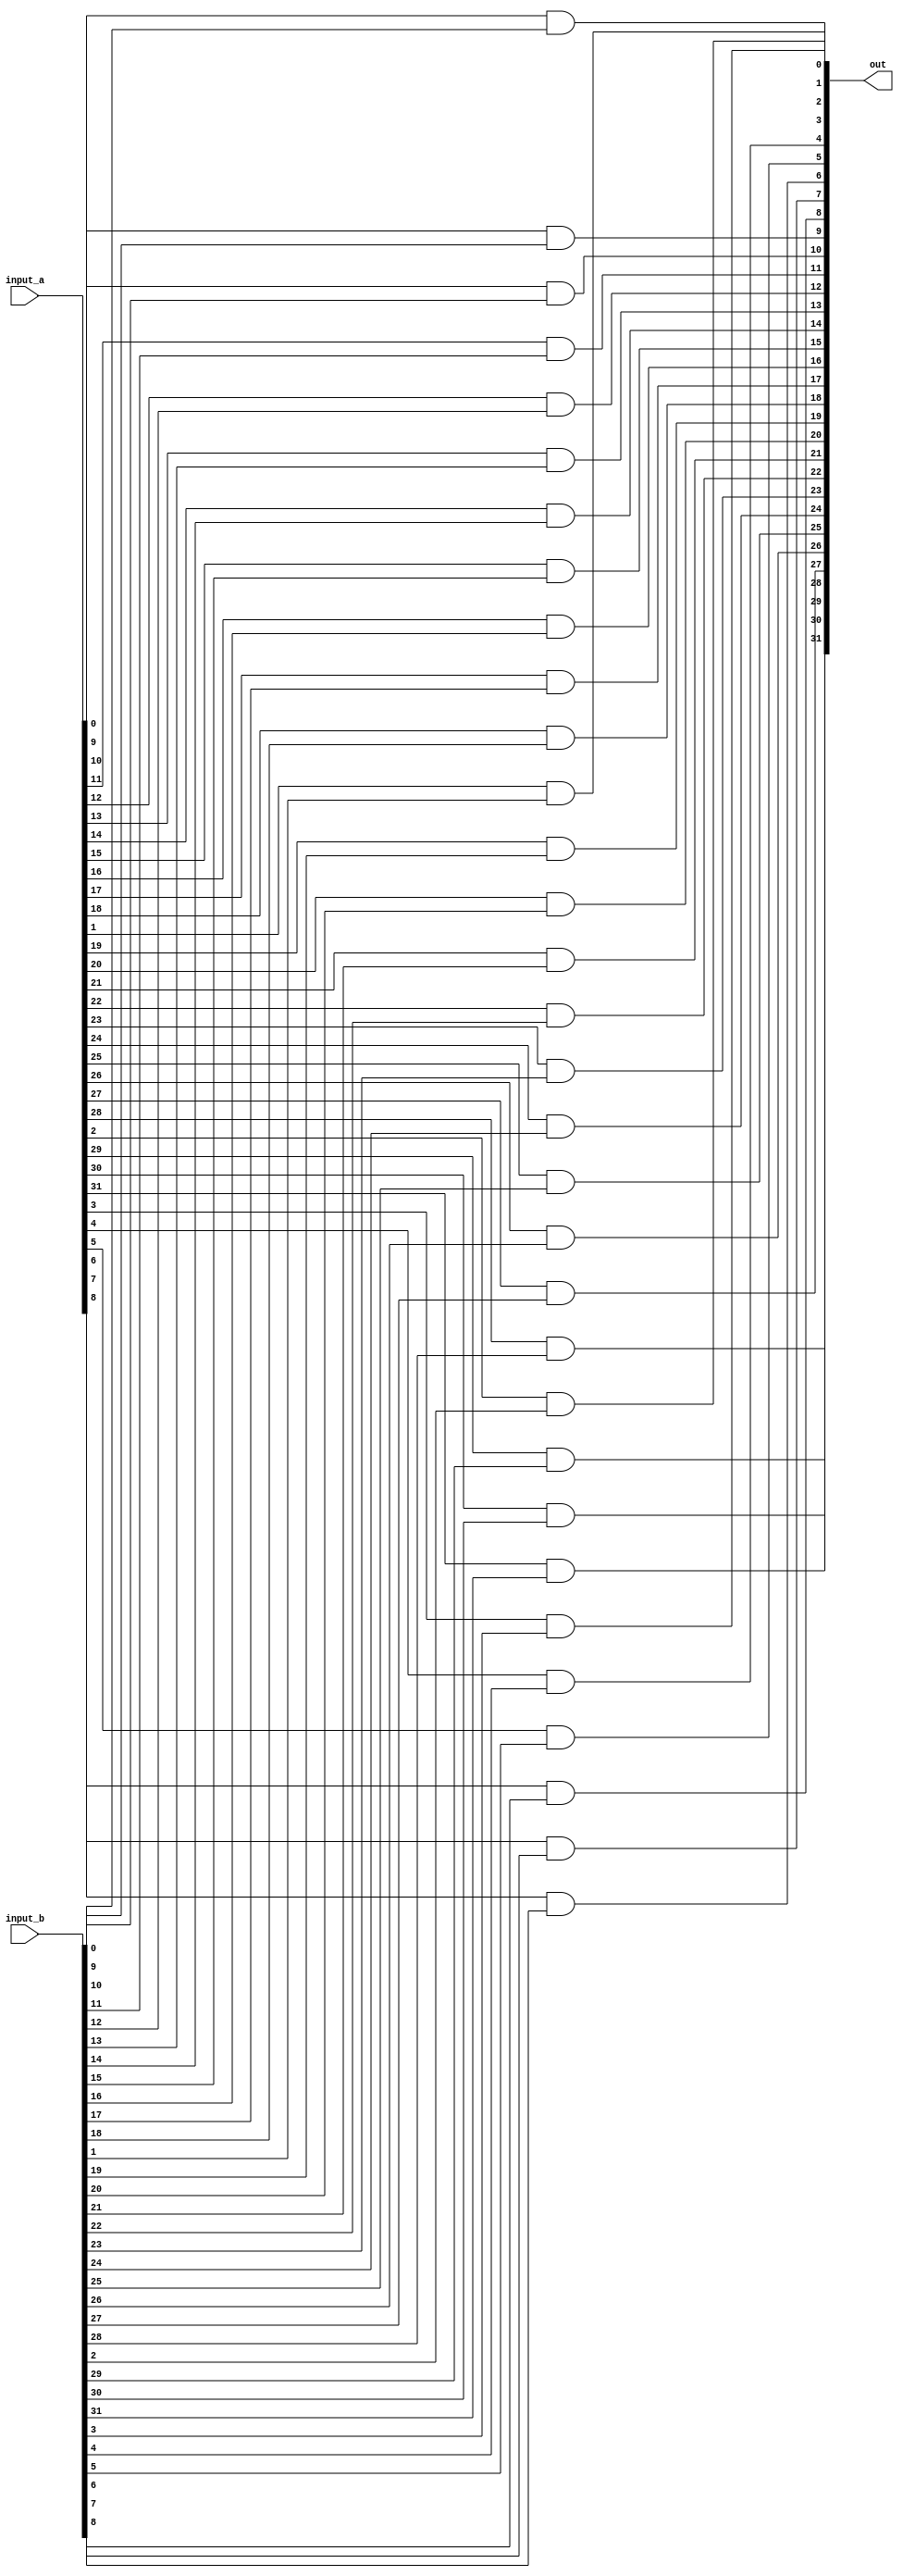
module bitwise_and(input_a, input_b, out);
    /* Port Declarations */
    input [31:0] input_a, input_b;
    output [31:0] out; 
    /* Bitwise And Logic */
    genvar bitIndex; 
    generate
        // The loop iterates over each bit index and determines appropriate output value
        for(bitIndex = 0; bitIndex < 32; bitIndex = bitIndex + 1) begin: outputAssignment
            and outputBit(out[bitIndex], input_a[bitIndex], input_b[bitIndex]);
        end
    endgenerate
endmodule